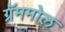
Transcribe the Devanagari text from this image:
ग्रॅममोल